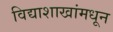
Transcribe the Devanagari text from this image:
विद्याशाखांमधून